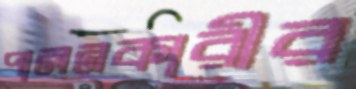
পালনকারীর